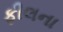
ફીલના